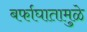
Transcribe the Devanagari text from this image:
बर्फाघातामुळे